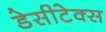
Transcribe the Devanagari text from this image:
डेसीटेक्स